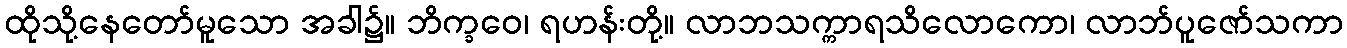
ထိုသို့နေတော်မူသော အခါ၌။ ဘိက္ခဝေ၊ ရဟန်းတို့။ လာဘသက္ကာရသိလောကော၊ လာဘ်ပူဇော်သကာ